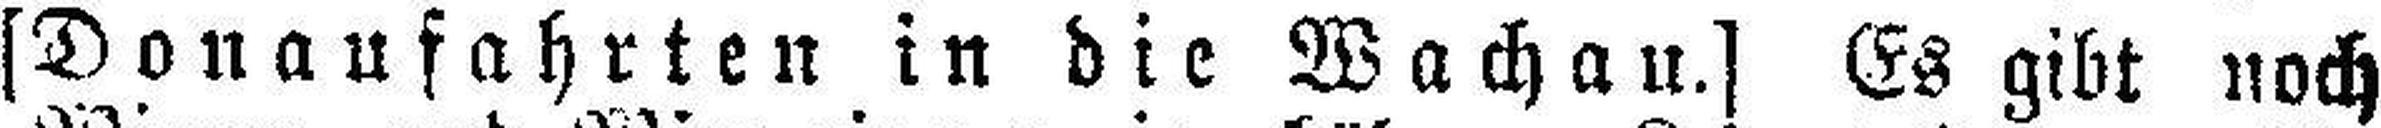
[Donaufahrten in die Wachau.] Es gibt noch